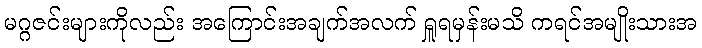
မဂ္ဂဇင်းများကိုလည်း အကြောင်းအချက်အလက် ရှူရမှန်းမသိ ကရင်အမျိုးသားအ